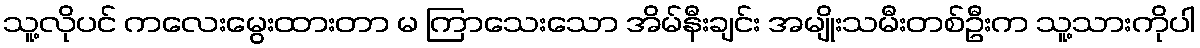
သူ့လိုပင် ကလေးမွေးထားတာ မ ကြာသေးသော အိမ်နီးချင်း အမျိုးသမီးတစ်ဦးက သူ့သားကိုပါ